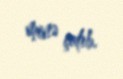
minə çatıb.